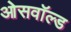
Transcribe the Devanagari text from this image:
ओसवॉल्ड